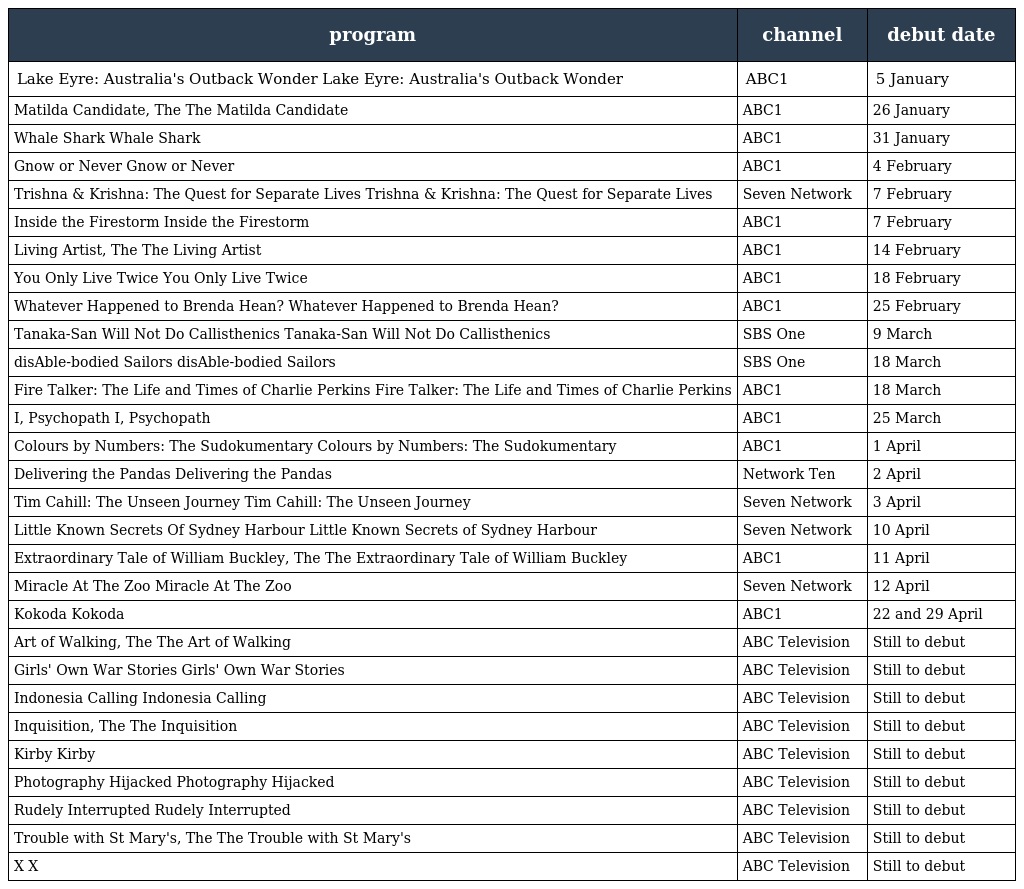
| program | channel | debut date |
 | --- | --- | --- |
 | Lake Eyre: Australia's Outback Wonder Lake Eyre: Australia's Outback Wonder | ABC1 | 5 January |
 | Matilda Candidate, The The Matilda Candidate | ABC1 | 26 January |
 | Whale Shark Whale Shark | ABC1 | 31 January |
 | Gnow or Never Gnow or Never | ABC1 | 4 February |
 | Trishna & Krishna: The Quest for Separate Lives Trishna & Krishna: The Quest for Separate Lives | Seven Network | 7 February |
 | Inside the Firestorm Inside the Firestorm | ABC1 | 7 February |
 | Living Artist, The The Living Artist | ABC1 | 14 February |
 | You Only Live Twice You Only Live Twice | ABC1 | 18 February |
 | Whatever Happened to Brenda Hean? Whatever Happened to Brenda Hean? | ABC1 | 25 February |
 | Tanaka-San Will Not Do Callisthenics Tanaka-San Will Not Do Callisthenics | SBS One | 9 March |
 | disAble-bodied Sailors disAble-bodied Sailors | SBS One | 18 March |
 | Fire Talker: The Life and Times of Charlie Perkins Fire Talker: The Life and Times of Charlie Perkins | ABC1 | 18 March |
 | I, Psychopath I, Psychopath | ABC1 | 25 March |
 | Colours by Numbers: The Sudokumentary Colours by Numbers: The Sudokumentary | ABC1 | 1 April |
 | Delivering the Pandas Delivering the Pandas | Network Ten | 2 April |
 | Tim Cahill: The Unseen Journey Tim Cahill: The Unseen Journey | Seven Network | 3 April |
 | Little Known Secrets Of Sydney Harbour Little Known Secrets of Sydney Harbour | Seven Network | 10 April |
 | Extraordinary Tale of William Buckley, The The Extraordinary Tale of William Buckley | ABC1 | 11 April |
 | Miracle At The Zoo Miracle At The Zoo | Seven Network | 12 April |
 | Kokoda Kokoda | ABC1 | 22 and 29 April |
 | Art of Walking, The The Art of Walking | ABC Television | Still to debut |
 | Girls' Own War Stories Girls' Own War Stories | ABC Television | Still to debut |
 | Indonesia Calling Indonesia Calling | ABC Television | Still to debut |
 | Inquisition, The The Inquisition | ABC Television | Still to debut |
 | Kirby Kirby | ABC Television | Still to debut |
 | Photography Hijacked Photography Hijacked | ABC Television | Still to debut |
 | Rudely Interrupted Rudely Interrupted | ABC Television | Still to debut |
 | Trouble with St Mary's, The The Trouble with St Mary's | ABC Television | Still to debut |
 | X X | ABC Television | Still to debut |